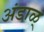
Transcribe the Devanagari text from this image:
अंडाळ्